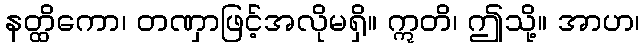
နတ္ထိကော၊ တဏှာဖြင့်အလိုမရှိ။ ဣတိ၊ ဤသို့။ အာဟ၊